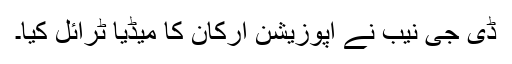
ڈی جی نیب نے اپوزیشن ارکان کا میڈیا ٹرائل کیا۔